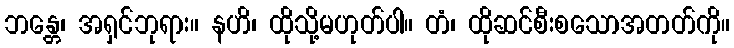
ဘန္တေ၊ အရှင်ဘုရား။ နဟိ၊ ထိုသို့မဟုတ်ပါ။ တံ၊ ထိုဆင်စီးစသောအတတ်ကို။